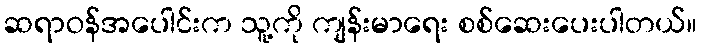
ဆရာဝန်အပေါင်းက သူ့ကို ကျန်းမာရေး စစ်ဆေးပေးပါတယ်။